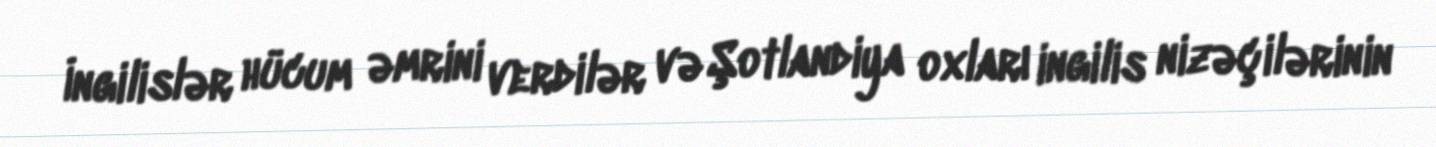
İngilislər hücum əmrini verdilər və Şotlandiya oxları ingilis nizəçilərinin